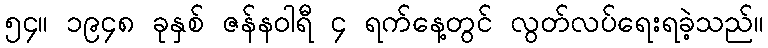
၅၄။ ၁၉၄၈ ခုနှစ် ဇန်နဝါရီ ၄ ရက်နေ့တွင် လွတ်လပ်ရေးရခဲ့သည်။